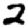
Digit: 2